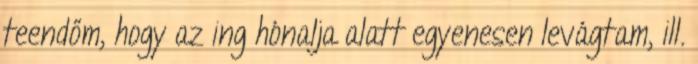
teendőm, hogy az ing hónalja alatt egyenesen levágtam, ill.